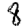
Digit: 8